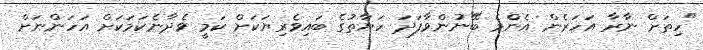
"ހިތަށް ނާރާ އަހަރެން އެންމެ ބޭނުންވާފަދަ ހަޔާތުގެ ބައިވެރިޔަކަށް ކަމީ ވެދާނެކަމަކަށް އަހަންނަށް